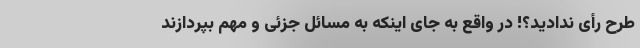
طرح رأی ندادید؟! در واقع به جای اینکه به مسائل جزئی و مهم بپردازند